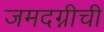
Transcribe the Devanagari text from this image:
जमदग्नीची